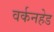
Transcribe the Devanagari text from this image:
वर्कनहेड